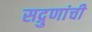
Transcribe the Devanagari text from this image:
सद्गुणांची